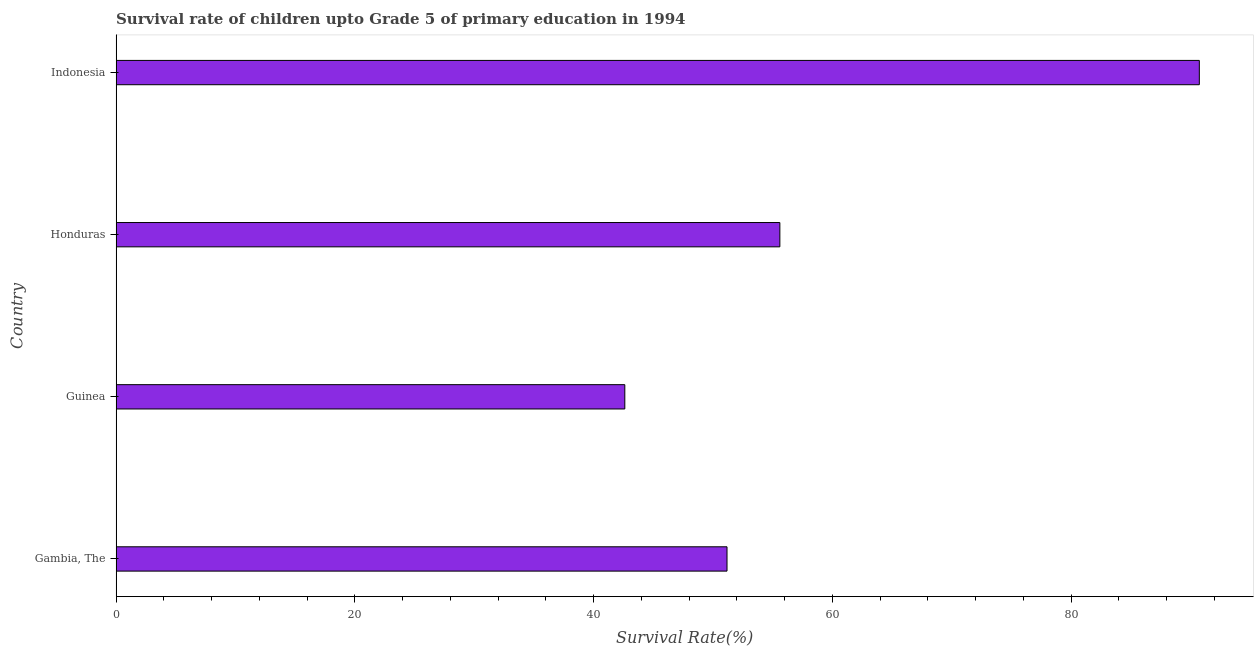
| Country | Survival rate |
 | --- | --- |
 | Gambia, The | 51.2 |
 | Guinea | 42.6 |
 | Honduras | 55.6 |
 | Indonesia | 90.8 |